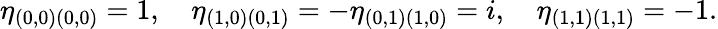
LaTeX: \eta_{(0,0)(0,0)}=1,\quad\eta_{(1,0)(0,1)}=-\eta_{(0,1)(1,0)}=i,\quad\eta_{(1,1)(1,1)}=-1.